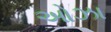
ઓઝા